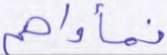
فمأواهم